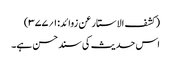
(کشف الاستار عن زوائد:۱؍۳۷۷)
اس حدیث کی سند حسن ہے۔